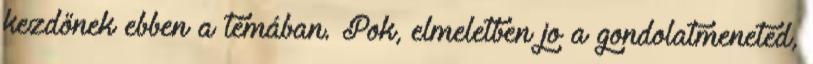
kezdőnek ebben a témában. Pok, elmeletben jo a gondolatmeneted,